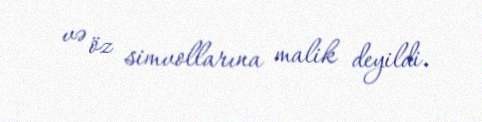
və öz simvollarına malik deyildi.